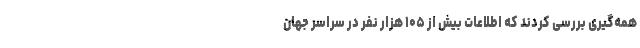
همه‌گیری بررسی کردند که اطلاعات بیش از ۱۰۵ هزار نفر در سراسر جهان